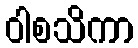
ဝါစသိကာ